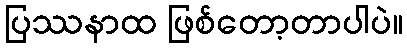
ပြဿနာထ ဖြစ်တော့တာပါပဲ။